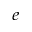
^ { e }